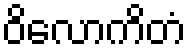
ဝိလောကိတံ